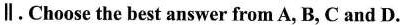
∥.Choose the best answer from A, B, C and D.